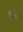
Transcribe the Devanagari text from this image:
९६८०